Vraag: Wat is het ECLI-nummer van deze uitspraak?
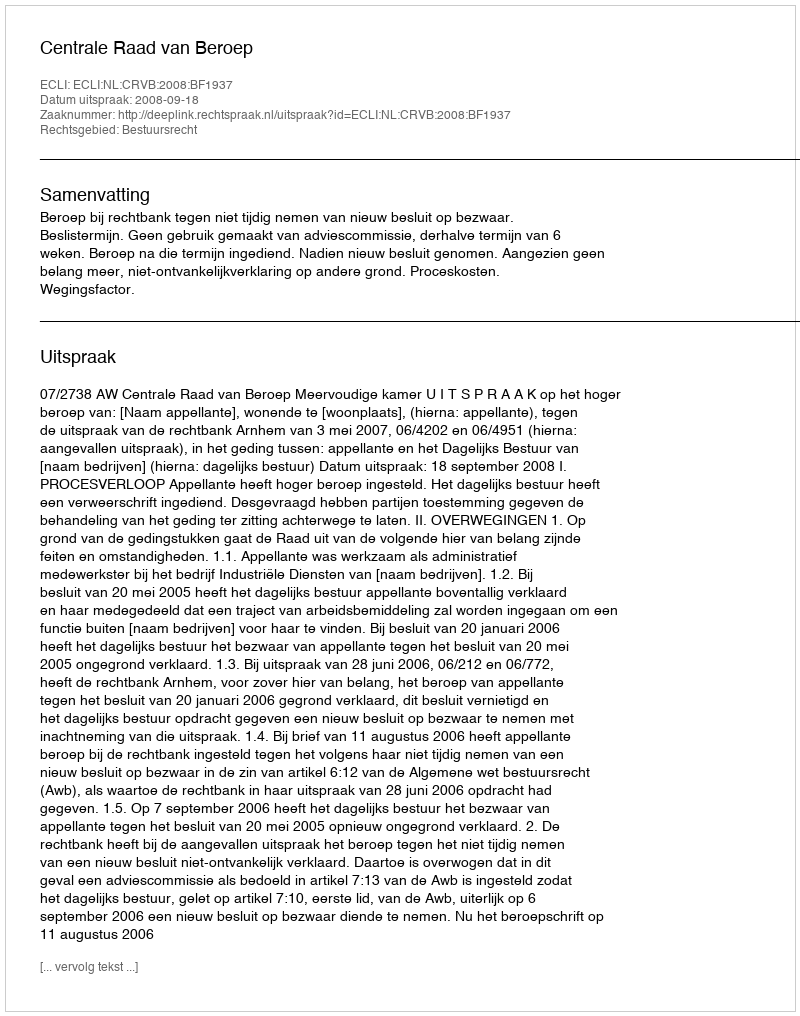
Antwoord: ECLI:NL:CRVB:2008:BF1937